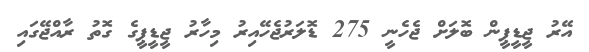
އޭރު ޖީޑީޕީން ބޮލަަށް ޖެހެނީ 275 ޑޮލަރުޖެހޭއިރު މިހާރު ޖީޑީޕީގެ ގޮތު ރާއްޖޭގައި